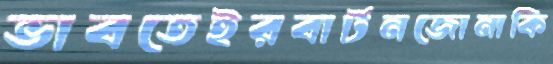
ভাবতেইরবার্টনজোনাকি